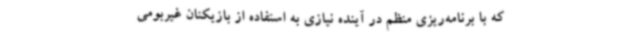
که با برنامه‌ریزی منظم در آینده نیازی به استفاده از بازیکنان غیربومی